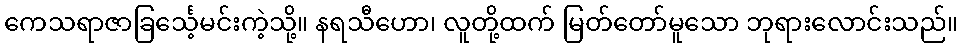
ကေသရာဇာခြင်္သေ့မင်းကဲ့သို့။ နရသီဟော၊ လူတို့ထက် မြတ်တော်မူသော ဘုရားလောင်းသည်။